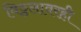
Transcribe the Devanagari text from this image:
विठ्ठलावरही